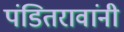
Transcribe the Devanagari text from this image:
पंडितरावांनी